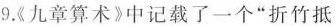
9.《九章算术》中记载了一个”折竹抵